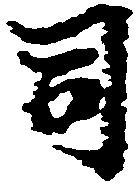
司